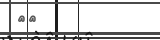
١٨